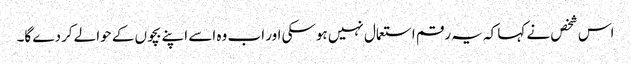
اس شخص نے کہا کہ یہ رقم استعمال نہیں ہوسکی اور اب وہ اسے اپنے بچوں کے حوالے کردے گا۔